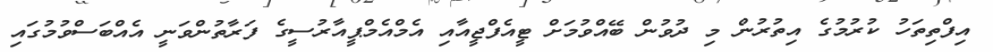
އިފްތިތަހު ކުރުމުގެ އިތުރުން މި ދުވުން ބޭއްވުމަށް ޓީއެފްޖީއާއި އެމްއެމްޕީއާރުސީގެ ފަރާތުންވަނީ އެއްބަސްވުމުގައި